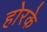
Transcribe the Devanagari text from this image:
होरके